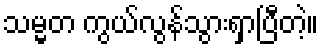
သမ္မတ ကွယ်လွန်သွားရှာပြီတဲ့။